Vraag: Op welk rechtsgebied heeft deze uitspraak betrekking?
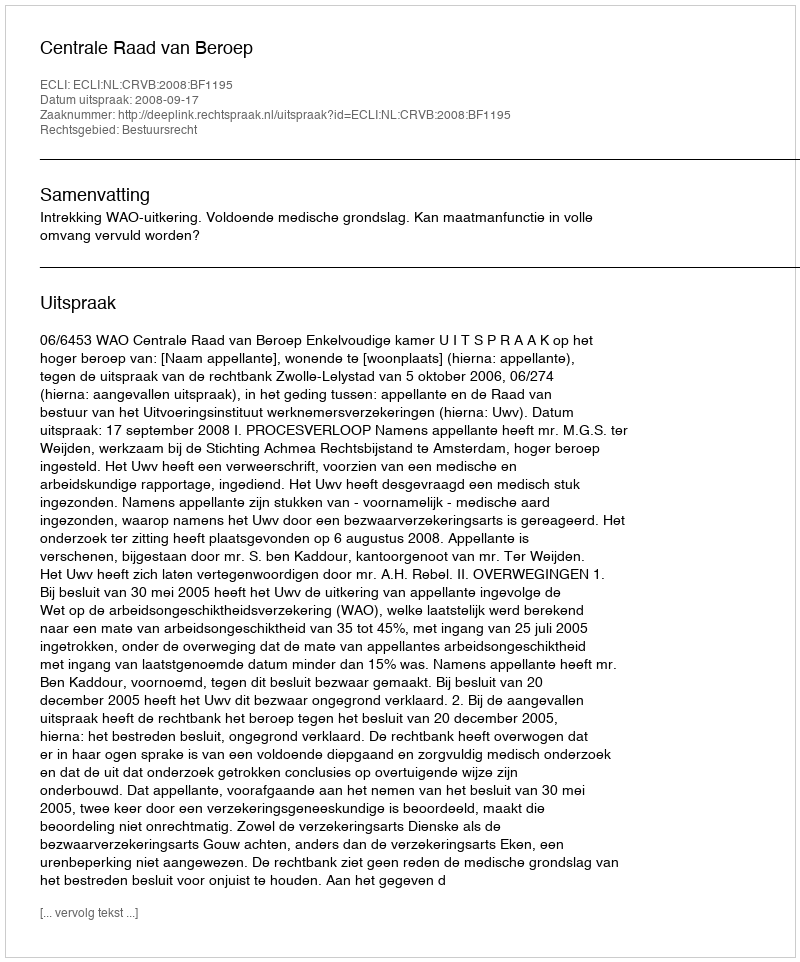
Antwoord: Bestuursrecht